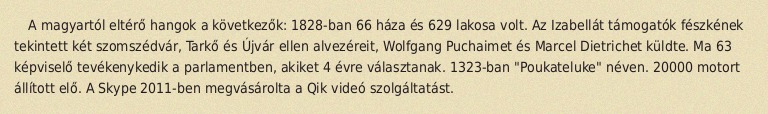
A magyartól eltérő hangok a következők: 1828-ban 66 háza és 629 lakosa volt. Az Izabellát támogatók fészkének tekintett két szomszédvár, Tarkő és Újvár ellen alvezéreit, Wolfgang Puchaimet és Marcel Dietrichet küldte. Ma 63 képviselő tevékenykedik a parlamentben, akiket 4 évre választanak. 1323-ban "Poukateluke" néven. 20000 motort állított elő. A Skype 2011-ben megvásárolta a Qik videó szolgáltatást.